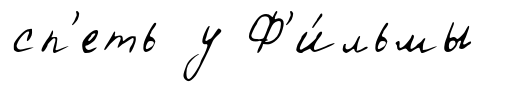
сп'еть у Ф'и́льмы